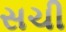
સચી